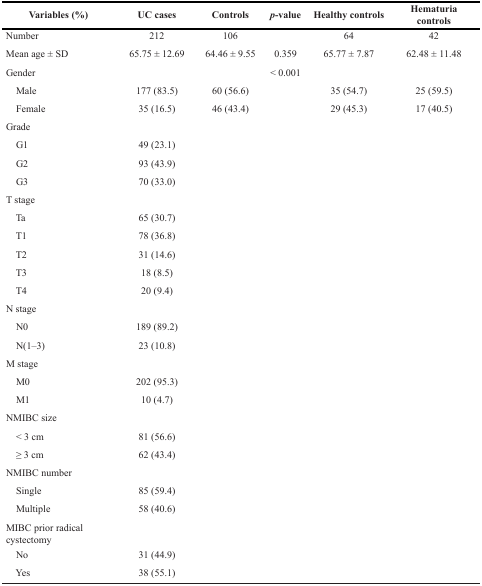
| Variables (%) | UC cases | Controls | p-value | Healthy controls | Hematuria controls |
 | --- | --- | --- | --- | --- | --- |
 | Number | 212 | 106 |  | 64 | 42 |
 | Mean age ± SD | 65.75 ± 12.69 | 64.46 ± 9.55 | 0.359 | 65.77 ± 7.87 | 62.48 ± 11.48 |
 | Gender |  |  | < 0.001 |  |  |
 | Male | 177 (83.5) | 60 (56.6) |  | 35 (54.7) | 25 (59.5) |
 | Female | 35 (16.5) | 46 (43.4) |  | 29 (45.3) | 17 (40.5) |
 | Grade |  |  |  |  |  |
 | G1 | 49 (23.1) |  |  |  |  |
 | G2 | 93 (43.9) |  |  |  |  |
 | G3 | 70 (33.0) |  |  |  |  |
 | T stage |  |  |  |  |  |
 | Ta | 65 (30.7) |  |  |  |  |
 | T1 | 78 (36.8) |  |  |  |  |
 | T2 | 31 (14.6) |  |  |  |  |
 | T3 | 18 (8.5) |  |  |  |  |
 | T4 | 20 (9.4) |  |  |  |  |
 | N stage |  |  |  |  |  |
 | N0 | 189 (89.2) |  |  |  |  |
 | N(1–3) | 23 (10.8) |  |  |  |  |
 | M stage |  |  |  |  |  |
 | M0 | 202 (95.3) |  |  |  |  |
 | M1 | 10 (4.7) |  |  |  |  |
 | NMIBC size |  |  |  |  |  |
 | < 3 cm | 81 (56.6) |  |  |  |  |
 | ≥ 3 cm | 62 (43.4) |  |  |  |  |
 | NMIBC number |  |  |  |  |  |
 | Single | 85 (59.4) |  |  |  |  |
 | Multiple | 58 (40.6) |  |  |  |  |
 | MIBC prior radical cystectomy |  |  |  |  |  |
 | No | 31 (44.9) |  |  |  |  |
 | Yes | 38 (55.1) |  |  |  |  |